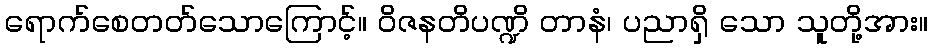
ရောက်စေတတ်သောကြောင့်။ ဝိဇနတိပဏ္ဍိ တာနံ၊ ပညာရှိ သော သူတို့အား။